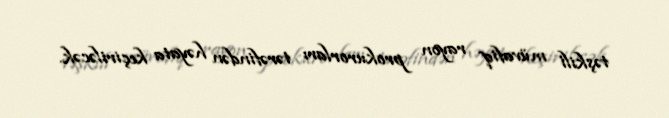
təşkili müvafiq rayon prokurorları tərəfindən həyata keçiriləcək.